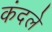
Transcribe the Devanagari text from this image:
कंदले